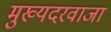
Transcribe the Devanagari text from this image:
मुख्यदरवाजा